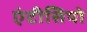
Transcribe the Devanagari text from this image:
एंटीसिपो